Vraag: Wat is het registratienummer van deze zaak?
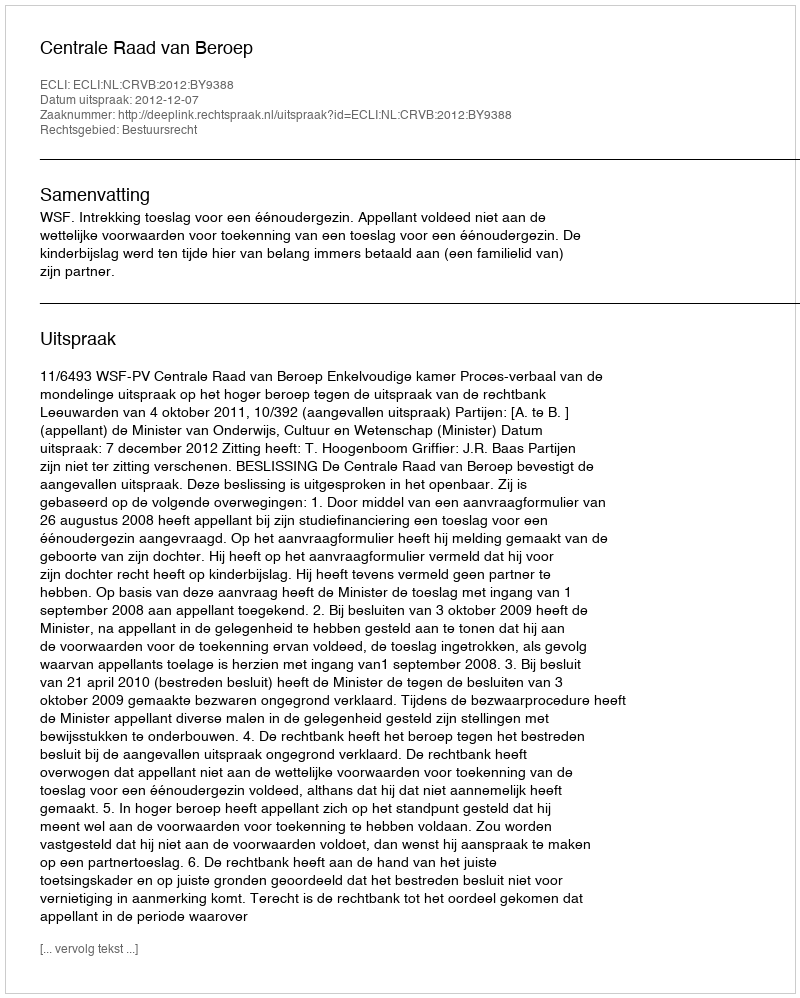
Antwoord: http://deeplink.rechtspraak.nl/uitspraak?id=ECLI:NL:CRVB:2012:BY9388